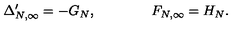
\Delta _ { N , \infty } ^ { \prime } = - G _ { N } , \qquad \qquad F _ { N , \infty } = H _ { N } .